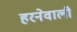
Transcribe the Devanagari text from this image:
हरनेवाली